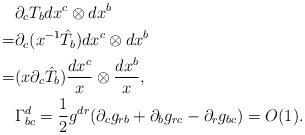
LaTeX: \begin{align*}& \partial_cT_b dx^c\otimes dx^b \\ = & \partial_c (x^{-1}\hat{T}_b) dx^c\otimes dx^b\\ = & (x\partial_c\hat{T}_b )\frac{dx^c}{x}\otimes \frac{dx^b}{x},\\& \Gamma^d_{bc} = \frac{1}{2} g^{dr}( \partial_cg_{rb}+\partial_bg_{rc}-\partial_rg_{bc} )= O(1).\end{align*}